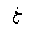
Letter: _kha